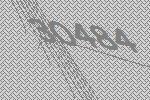
30484